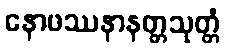
နောဖဿနာနတ္တသုတ္တံ